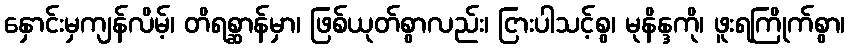
နှောင်းမှကျန်လိမ့်၊ တိရစ္ဆာန်မှာ၊ ဖြစ်ယုတ်စွာလည်း၊ ငြားပါသင့်စွ၊ မုနိန္ဒကို၊ ဖူးရကြိုက်စွာ၊